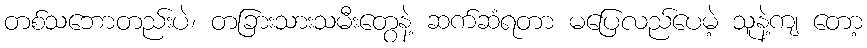
တစ်သဘောတည်းပဲ၊ တခြားသားသမီးတွေနဲ့ ဆက်ဆံရတာ မပြေလည်ပေမဲ့ သူနဲ့ကျ တော့